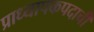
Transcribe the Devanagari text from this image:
प्राध्यापकपदाची